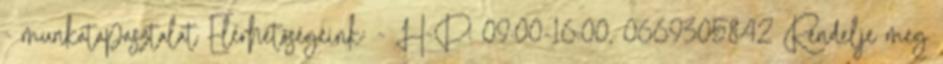
- munkatapasztalat Elérhetõségeink: - H-P: 09:00-16:00, 0669305842 Rendelje meg